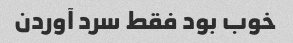
خوب بود فقط سرد آوردن